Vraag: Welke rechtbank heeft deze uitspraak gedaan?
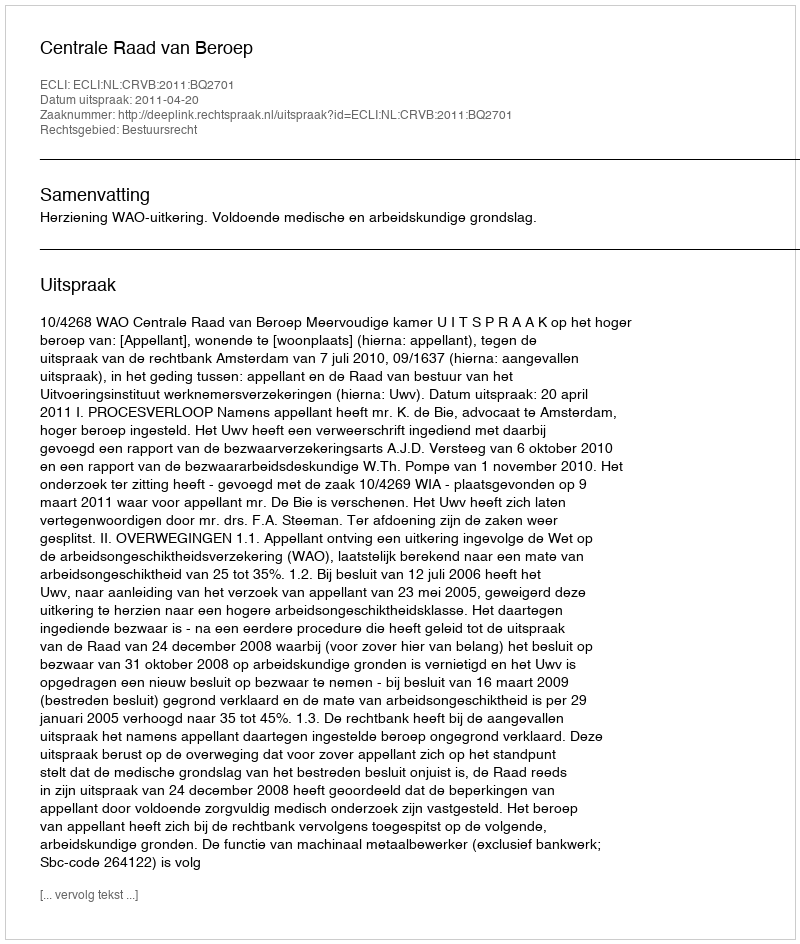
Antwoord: Centrale Raad van Beroep